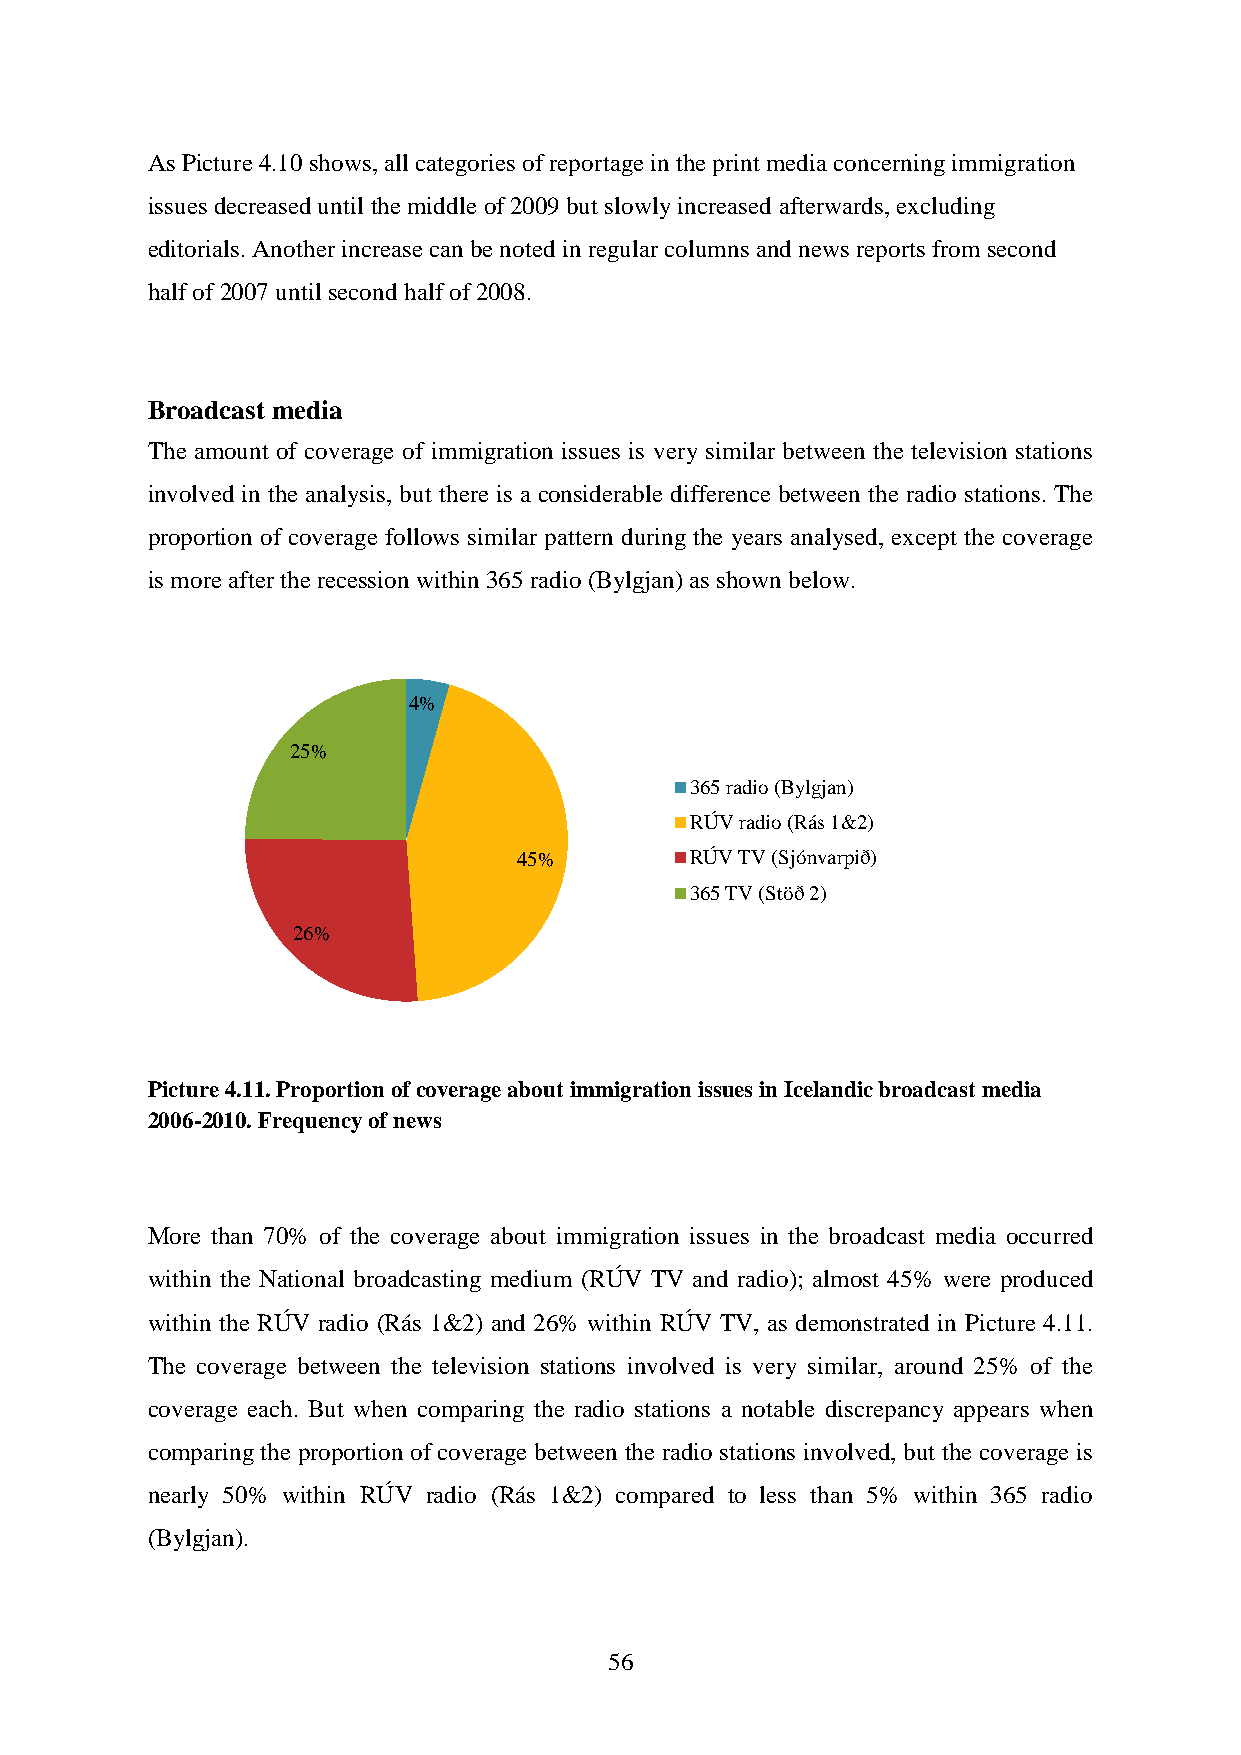
As Picture 4.10 shows, all categories of reportage in the print media concerning immigration
 issues decreased until the middle of 2009 but slowly increased afterwards, excluding
 editorials. Another increase can be noted in regular columns and news reports from second
 half of 2007 until second half of 2008.
 Broadcast media
 The amount of coverage of immigration issues is very similar between the television stations
 involved in the analysis, but there is a considerable difference between the radio stations. The
 proportion of coverage follows similar pattern during the years analysed, except the coverage
 is more after the recession within 365 radio (Bylgjan) as shown below.
 4%
 25%
 365 radio (Bylgjan)
 RÚV radio (Rás 1&2)
 45%         RÚV TV (Sjónvarpið)
 365 TV (Stöð 2)
 26%
 Picture 4.11. Proportion of coverage about immigration issues in Icelandic broadcast media
 2006-2010. Frequency of news
 More than 70% of the coverage about immigration issues in the broadcast media occurred
 within the National broadcasting medium (RÚV TV and radio); almost 45% were produced
 within the RÚV radio (Rás 1&2) and 26% within RÚV TV, as demonstrated in Picture 4.11.
 The coverage between the television stations involved is very similar, around 25% of the
 coverage each. But when comparing the radio stations a notable discrepancy appears when
 comparing the proportion of coverage between the radio stations involved, but the coverage is
 nearly 50% within RÚV radio (Rás 1&2) compared to less than 5% within 365 radio
 (Bylgjan).
 56